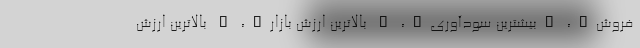
فروش"، "بیشترین سودآوری"، " بالاترین ارزش بازار"، " بالاترین ارزش